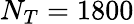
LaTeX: N_{T}=1800